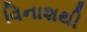
વિનાશથી